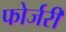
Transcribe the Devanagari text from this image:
फोर्जरी